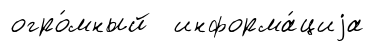
огро́мный информа́циjа